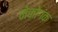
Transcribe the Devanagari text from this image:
मेकोगंक